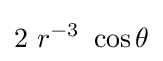
2~r^{-3}~\cos \theta